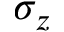
\sigma _ { z }